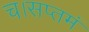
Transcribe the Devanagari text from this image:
च।सप्तमं